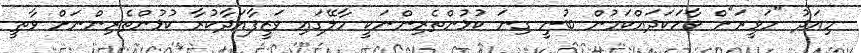
މިއަދު "ހަވީރަ"ށް ވާހަކަދައްކަމުން ބުނީ ގިނަ ކުޅުންތެރިންނަކީ މާލޭގައި ވަޒީފާއަދާކުރާ ކުޅުންތެރިންނަށް ވާތީ